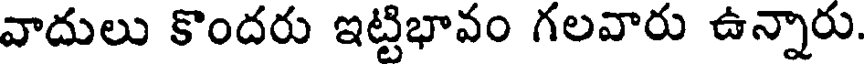
వాదులు కొందరు ఇట్టిభావం గలవారు ఉన్నారు.